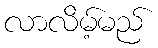
လာလိမ့်မည်